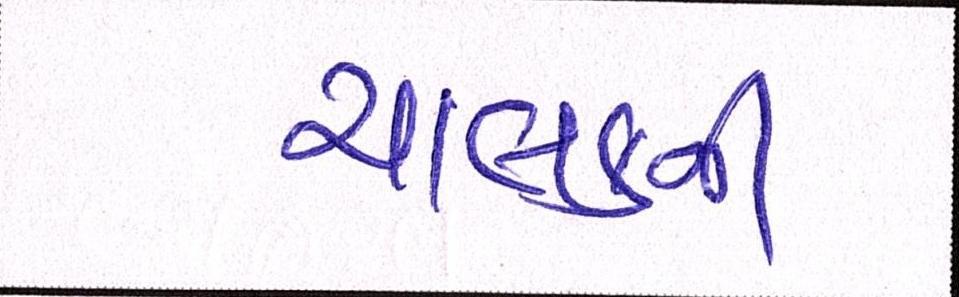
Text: ચાલકની